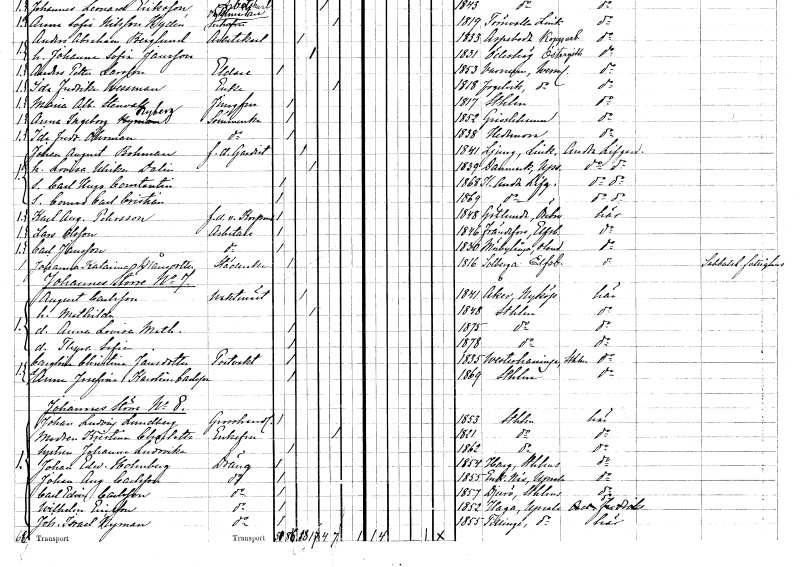
gt_parse: households: individuals: FN: Johan August
EN: Bohman
YRKE: Gardist f.d.
KON: M
CIV: G
FODAR: 1841
FODFORS: Ljung Östergötlands län
FN: Lovisa Ulrika
EN: Dalin
KON: K
CIV: G
FODAR: 1839
FODFORS: Danmark Uppsala län
FN: Carl Hugo Constantin
KON: M
CIV: O
FODAR: 1868
FODFORS: Göta livgarde Stockholms stad
FN: Conrad Carl Cristian
KON: M
CIV: O
FODAR: 1869
FODFORS: Göta livgarde Stockholms stad
FN: Karl August
EN: Pehrsson
YRKE: Vicekorpral f.d.
KON: M
CIV: O
FODAR: 1848
FODFORS: Götlunda Västmanlands län
FN: Lars
EN: Olsson
YRKE: Arbetare
KON: M
CIV: O
FODAR: 1846
FODFORS: Frändefors Älvsborgs län
FN: Carl
EN: Jansson
YRKE: Arbetare
KON: M
CIV: O
FODAR: 1830
FODFORS: Mörbylånga Kalmar län
FN: Johanna Katarina
EN: Månsdotter
YRKE: Städerska
KON: K
CIV: O
FODAR: 1816
FODFORS: Solberga Göteborgs- och Bohuslän
FN: August
EN: Carlsson
YRKE: Vaktmästare
KON: M
CIV: G
FODAR: 1841
FODFORS: Åker Södermanlands län
FN: Mathilda
KON: K
CIV: G
FODAR: 1848
FODFORS: Stockholm
FN: Anna Lovisa Mathilda
KON: K
CIV: O
FODAR: 1875
FODFORS: Stockholm
FN: Thyra Sofia
KON: K
CIV: O
FODAR: 1878
FODFORS: Stockholm
FN: Carolina Christina
EN: Jansdotter
YRKE: Portvakt
KON: K
CIV: O
FODAR: 1835
FODFORS: Västerhaninge Stockholms län
FN: Anna Josefina Karolina
EN: Carlsson
KON: K
CIV: O
FODAR: 1869
FODFORS: Stockholm
FN: Johan Ludvig
EN: Lundberg
YRKE: Grosshandlare
KON: M
CIV: O
FODAR: 1853
FODFORS: Stockholm
FN: Kristina Charlotta
KON: K
CIV: E
FODAR: 1821
FODFORS: Stockholm
FN: Johanna Ludovika
KON: K
CIV: O
FODAR: 1862
FODFORS: Stockholm
FN: Johan Edward
EN: Holmberg
YRKE: Dräng
KON: M
CIV: O
FODAR: 1854
FODFORS: Harg Uppsala län
FN: Johan August
EN: Carlsson
YRKE: Dräng
KON: M
CIV: O
FODAR: 1855
FODFORS: Enköpings-Näs Uppsala län
FN: Carl Edvin
EN: Carlsson
YRKE: Dräng
KON: M
CIV: O
FODAR: 1857
FODFORS: Djurö Stockholms län
FN: Wilhelm
EN: Ericsson
YRKE: Dräng
KON: M
CIV: O
FODAR: 1852
FODFORS: Haga Stockholms län
FN: Johan Israel
EN: Nyman
YRKE: Dräng
KON: M
CIV: O
FODAR: 1855
FODFORS: Tillinge Uppsala län